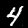
Label: 4